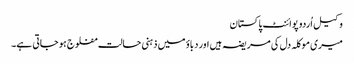
وکیل اُردو پوائنٹ پاکستان
میری موکلہ دل کی مریضہ ہیں اور دباؤ میں ذہنی حالت مفلوج ہو جاتی ہے۔